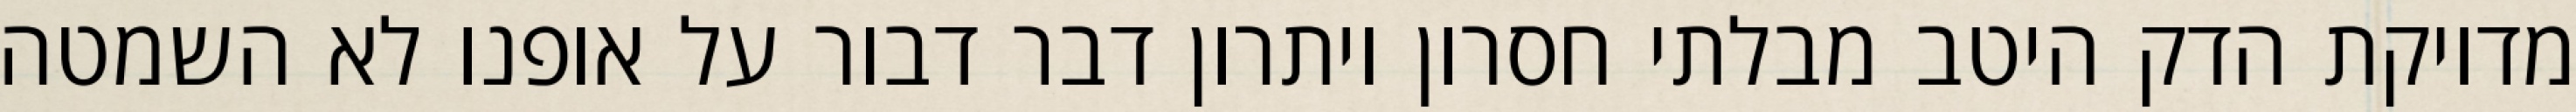
מדויקת הדק היטב מבלתי חסרון ויתרון דבר דבור על אופנו לא השמטה